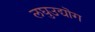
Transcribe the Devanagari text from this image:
लघुउद्यॊग